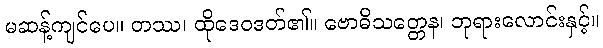
မဆန့်ကျင်ပေ။ တဿ၊ ထိုဒေဝဒတ်၏။ ဗောဓိသတ္တေန၊ ဘုရားလောင်းနှင့်။